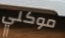
موكلي